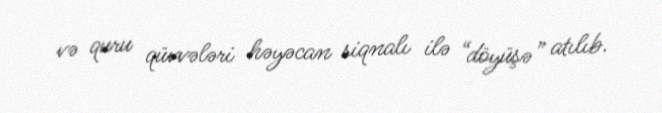
və quru qüvvələri həyəcan siqnalı ilə “döyüşə” atılıb.